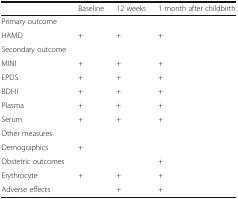
<table><thead><tr><td></td><td><b>Baseline</b></td><td><b>12 weeks</b></td><td><b>1 month after childbirth</b></td></tr></thead><tbody><tr><td>Primary outcome</td><td></td><td></td><td></td></tr><tr><td>HAMD</td><td>+</td><td>+</td><td>+</td></tr><tr><td>Secondary outcome</td><td></td><td></td><td></td></tr><tr><td>MINI</td><td>+</td><td>+</td><td>+</td></tr><tr><td>EPDS</td><td>+</td><td>+</td><td>+</td></tr><tr><td>BDI-II</td><td>+</td><td>+</td><td>+</td></tr><tr><td>Plasma</td><td>+</td><td>+</td><td>+</td></tr><tr><td>Serum</td><td>+</td><td>+</td><td>+</td></tr><tr><td>Other measures</td><td></td><td></td><td></td></tr><tr><td>Demographics</td><td>+</td><td></td><td></td></tr><tr><td>Obstetric outcomes</td><td></td><td></td><td>+</td></tr><tr><td>Erythrocyte</td><td>+</td><td>+</td><td>+</td></tr><tr><td>Adverse effects</td><td></td><td>+</td><td>+</td></tr></tbody></table>